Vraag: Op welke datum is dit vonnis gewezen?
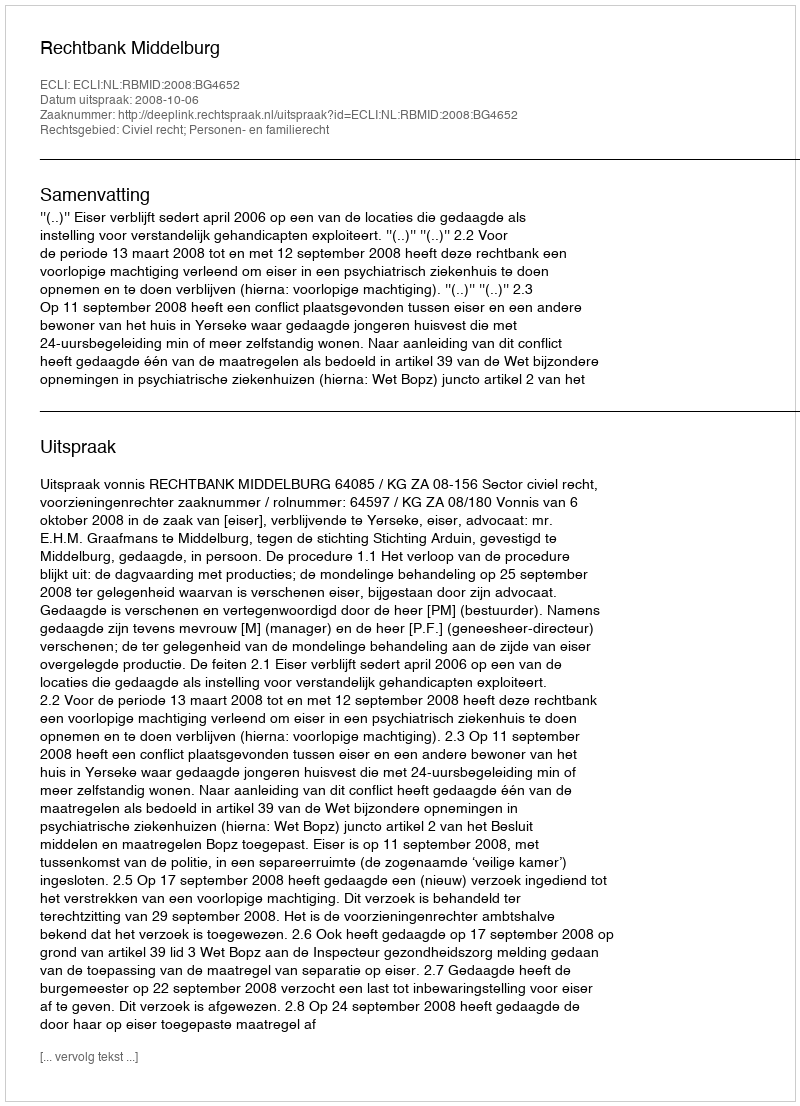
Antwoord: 2008-10-06